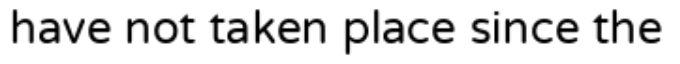
have not taken place since the